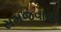
સમજવાથી